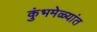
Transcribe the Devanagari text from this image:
कुंभमेळ्यांत